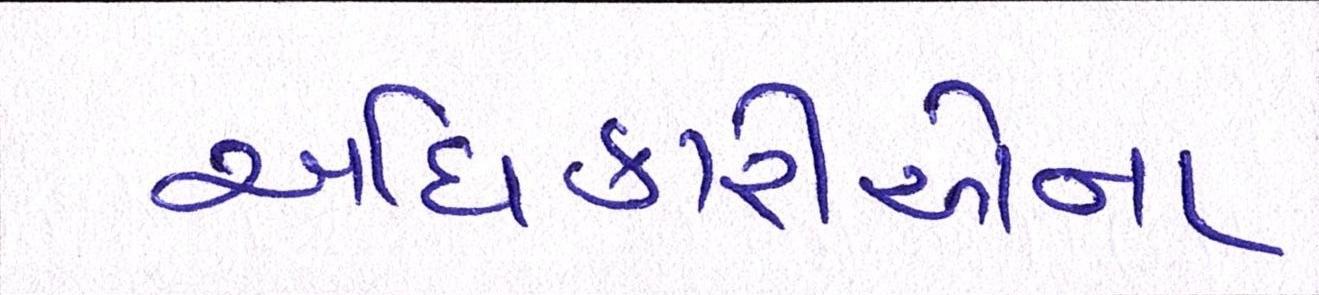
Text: અધિકારીઓના